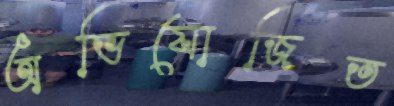
অভিযোজিত